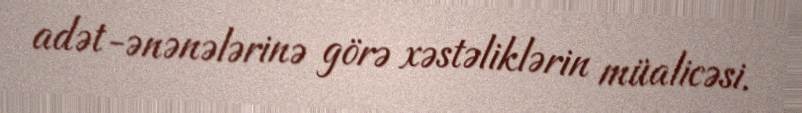
adət-ənənələrinə görə xəstəliklərin müalicəsi.